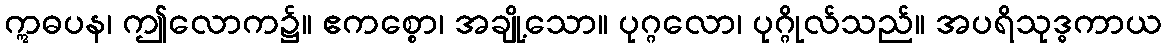
ဣဓပန၊ ဤလောက၌။ ဧကစ္စော၊ အချို့သော။ ပုဂ္ဂလော၊ ပုဂ္ဂိုလ်သည်။ အပရိသုဒ္ဓကာယ